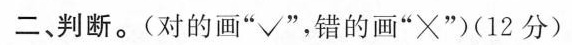
二 判断。(对的画”√”，错的画”×”)(12分)